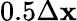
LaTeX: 0.5\Delta\mathbf{x}